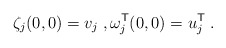
\begin{align*}\zeta_j(0,0) = v_j \;, \omega_j^{\sf T}(0,0) = u_j^{\sf T} \;.\end{align*}